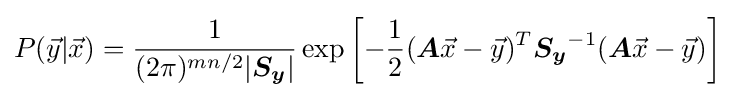
P({\vec {y}}|{\vec {x}})={\frac {1}{(2\pi )^{mn/2}|{\boldsymbol {S_{y}}}|}}\exp \left[-{\frac {1}{2}}({\boldsymbol {A}}{\vec {x}}-{\vec {y}})^{T}{\boldsymbol {S_{y}}}^{-1}({\boldsymbol {A}}{\vec {x}}-{\vec {y}})\right]